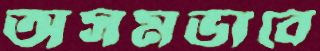
অসমভাবে